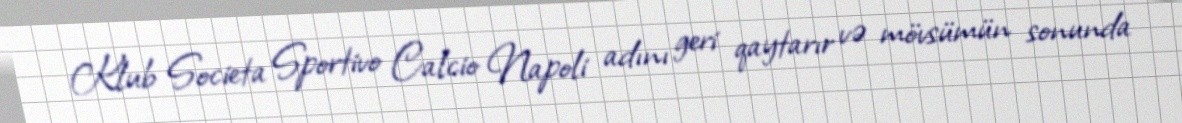
Klub Societa Sportivo Calcio Napoli adını geri qaytarır və mövsümün sonunda